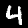
Digit: 4